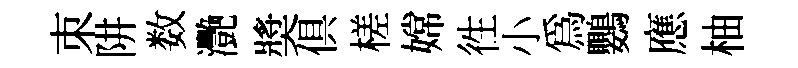
朿阱数灧奬俱槎嫦徃小爲鸚應柚